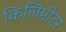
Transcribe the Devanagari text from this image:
किलिमीटर